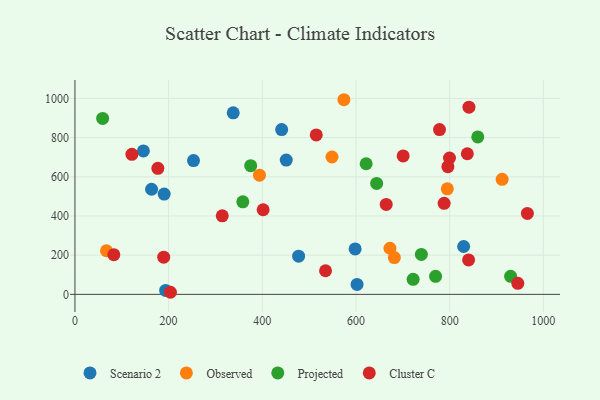
{"axis": {"x": "Ad Spend", "y": "Salary"}, "legend": ["Cluster C", "Observed", "Projected", "Scenario 2"], "data": [{"x": "253.1", "y": 682.9, "type": "Scenario 2"}, {"x": "451.1", "y": 685.4, "type": "Scenario 2"}, {"x": "441.3", "y": 841.3, "type": "Scenario 2"}, {"x": "146.1", "y": 732.4, "type": "Scenario 2"}, {"x": "829.8", "y": 244.4, "type": "Scenario 2"}, {"x": "477.5", "y": 194.8, "type": "Scenario 2"}, {"x": "598.2", "y": 232.0, "type": "Scenario 2"}, {"x": "163.6", "y": 536.6, "type": "Scenario 2"}, {"x": "602.3", "y": 50.9, "type": "Scenario 2"}, {"x": "337.9", "y": 926.8, "type": "Scenario 2"}, {"x": "190.5", "y": 511.8, "type": "Scenario 2"}, {"x": "193.7", "y": 20.3, "type": "Scenario 2"}, {"x": "67.3", "y": 222.6, "type": "Observed"}, {"x": "394.0", "y": 608.4, "type": "Observed"}, {"x": "795.0", "y": 538.5, "type": "Observed"}, {"x": "548.8", "y": 701.1, "type": "Observed"}, {"x": "912.0", "y": 587.1, "type": "Observed"}, {"x": "672.5", "y": 235.3, "type": "Observed"}, {"x": "681.9", "y": 187.8, "type": "Observed"}, {"x": "574.2", "y": 993.5, "type": "Observed"}, {"x": "358.4", "y": 472.4, "type": "Projected"}, {"x": "739.6", "y": 203.9, "type": "Projected"}, {"x": "860.0", "y": 803.4, "type": "Projected"}, {"x": "930.1", "y": 92.2, "type": "Projected"}, {"x": "59.1", "y": 897.9, "type": "Projected"}, {"x": "769.9", "y": 92.0, "type": "Projected"}, {"x": "644.1", "y": 566.4, "type": "Projected"}, {"x": "621.7", "y": 666.6, "type": "Projected"}, {"x": "375.2", "y": 657.0, "type": "Projected"}, {"x": "722.0", "y": 76.6, "type": "Projected"}, {"x": "841.2", "y": 955.6, "type": "Cluster C"}, {"x": "840.4", "y": 175.7, "type": "Cluster C"}, {"x": "314.5", "y": 401.1, "type": "Cluster C"}, {"x": "788.2", "y": 464.8, "type": "Cluster C"}, {"x": "799.6", "y": 696.1, "type": "Cluster C"}, {"x": "203.9", "y": 10.7, "type": "Cluster C"}, {"x": "664.5", "y": 459.2, "type": "Cluster C"}, {"x": "700.7", "y": 706.8, "type": "Cluster C"}, {"x": "177.0", "y": 643.5, "type": "Cluster C"}, {"x": "401.8", "y": 431.9, "type": "Cluster C"}, {"x": "778.3", "y": 840.9, "type": "Cluster C"}, {"x": "121.6", "y": 714.6, "type": "Cluster C"}, {"x": "189.5", "y": 189.6, "type": "Cluster C"}, {"x": "83.0", "y": 202.5, "type": "Cluster C"}, {"x": "837.7", "y": 717.8, "type": "Cluster C"}, {"x": "515.2", "y": 814.0, "type": "Cluster C"}, {"x": "535.0", "y": 120.6, "type": "Cluster C"}, {"x": "796.2", "y": 651.6, "type": "Cluster C"}, {"x": "965.9", "y": 413.0, "type": "Cluster C"}, {"x": "945.5", "y": 56.2, "type": "Cluster C"}]}